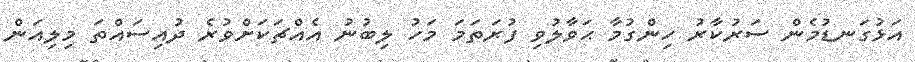
އަޅުގަނޑުމެން ސަރުކާރު ހިންގުމާ ޙަވާލުވި ފުރަތަމަ މަހު ލިބުނު އެއްޗަކަށްވުރެ ދުއިސައްތަ މިލިއަން